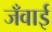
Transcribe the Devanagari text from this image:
जँवाई